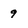
Character: 9